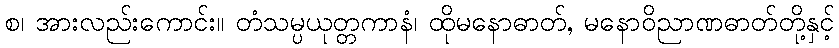
စ၊ အားလည်းကောင်း။ တံသမ္ပယုတ္တကာနံ၊ ထိုမနောဓာတ်, မနောဝိညာဏဓာတ်တို့နှင့်